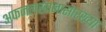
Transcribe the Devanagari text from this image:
अफजलखानासारख्या